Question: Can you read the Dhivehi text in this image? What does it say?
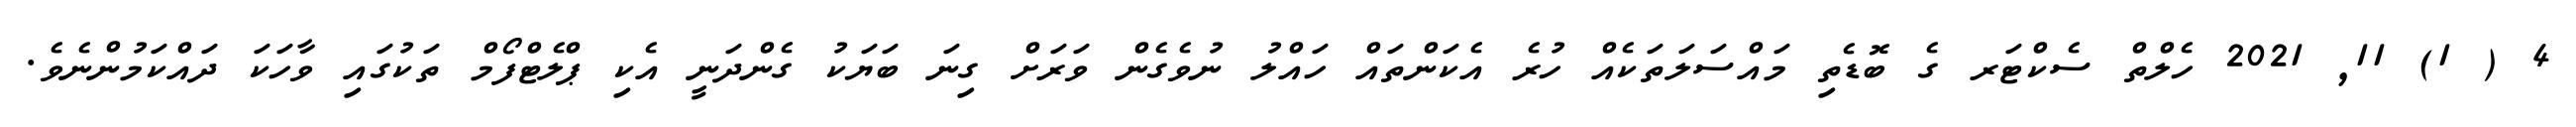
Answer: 4 ( 1) 11, 2021 ހެލްތް ސެކްޓަރ ގެ ބޮޑެތި މައްސަލަތަކެއް ހުރެ އެކަންތައް ހައްލު ނުވެގެން ވަރަށް ގިނަ ބަޔަކު ގެންދަނީ އެކި ޕްލެޓްފޯމް ތަކުގައި ވާހަކަ ދައްކަމުންނެވެ.